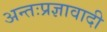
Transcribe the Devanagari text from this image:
अन्तःप्रज्ञावादी